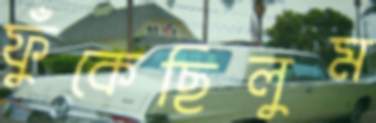
ফুঁকেছিলুম